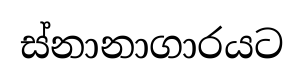
ස්නානාගාරයට